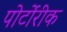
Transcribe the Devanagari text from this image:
पोर्टोरीक